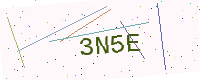
Text: 3N5E